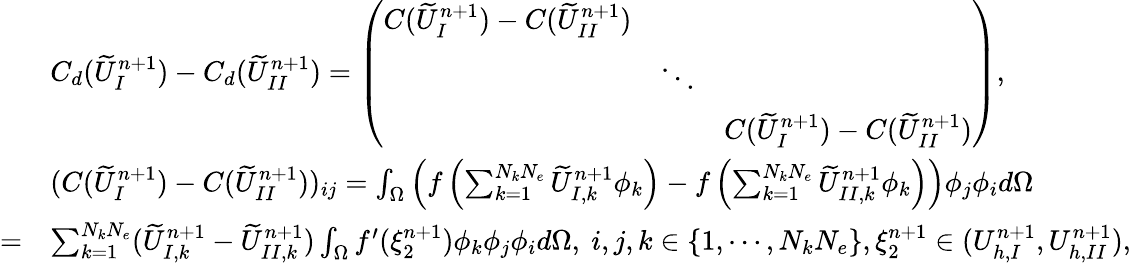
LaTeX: \begin{array}{rl}&{C_{d}(\widetilde{U}_{I}^{n+1})-C_{d}(\widetilde{U}_{II}^{n+1})=\left(\begin{array}{ccc}{C(\widetilde{U}_{I}^{n+1})-C(\widetilde{U}_{II}^{n+1})}&&\\ &{\ddots}&\\ &&{C(\widetilde{U}_{I}^{n+1})-C(\widetilde{U}_{II}^{n+1})}\end{array}\right),}\\ &{(C(\widetilde{U}_{I}^{n+1})-C(\widetilde{U}_{II}^{n+1}))_{ij}=\int_{\Omega}\left(f\left(\sum_{k=1}^{N_{k}N_{e}}\widetilde{U}_{I,k}^{n+1}\phi_{k}\right)-f\left(\sum_{k=1}^{N_{k}N_{e}}\widetilde{U}_{II,k}^{n+1}\phi_{k}\right)\right)\phi_{j}\phi_{i}d\Omega}\\ {=}&{\sum_{k=1}^{N_{k}N_{e}}(\widetilde{U}_{I,k}^{n+1}-\widetilde{U}_{II,k}^{n+1})\int_{\Omega}f^{\prime}(\xi_{2}^{n+1})\phi_{k}\phi_{j}\phi_{i}d\Omega,\ i,j,k\in\{ 1,\cdots,N_{k}N_{e}\} ,\xi_{2}^{n+1}\in(U_{h,I}^{n+1},U_{h,II}^{n+1}),}\end{array}